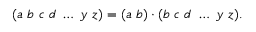
( a ~ b ~ c ~ d ~ \ldots ~ y ~ z ) = ( a ~ b ) \cdot ( b ~ c ~ d ~ \ldots ~ y ~ z ) .